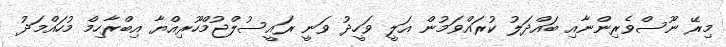
މިރޭ ނޫސްވެރިންނާއި ބައްދަލު ކުރައްވަމުން އަލީ ވަހީދު ވަނީ ރައީސުލްޖުމްހޫރިއްޔާ އިބްރާހިމް މުހައްމަދު